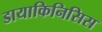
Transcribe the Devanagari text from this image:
डायाकिनिसिस